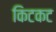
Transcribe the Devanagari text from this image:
किटकट